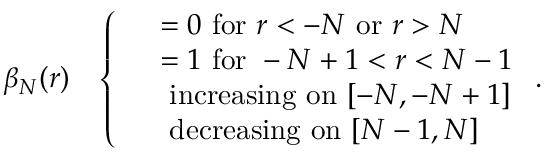
\begin{array} { r l } { \beta _ { N } ( r ) } & { \left\{ \begin{array} { l l } & { = 0 \mathrm { ~ f o r ~ } r < - N \mathrm { ~ o r ~ } r > N } \\ & { = 1 \mathrm { ~ f o r ~ } - N + 1 < r < N - 1 } \\ & { \mathrm { ~ i n c r e a s i n g ~ o n ~ } [ - N , - N + 1 ] } \\ & { \mathrm { ~ d e c r e a s i n g ~ o n ~ } [ N - 1 , N ] } \end{array} \right. . } \end{array}